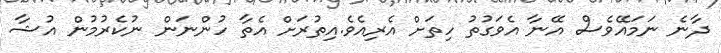
ދާނެ ނަމައޭވެސް އޭނާ އެވަގުތު ހިތަށް އެރިއެވެ.އިތުރަށް އެތާ ހުންނަން ނުކެރުމުން އުޝާ